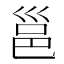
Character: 邕